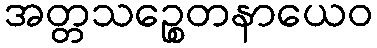
အတ္တသဉ္စေတနာယေဝ